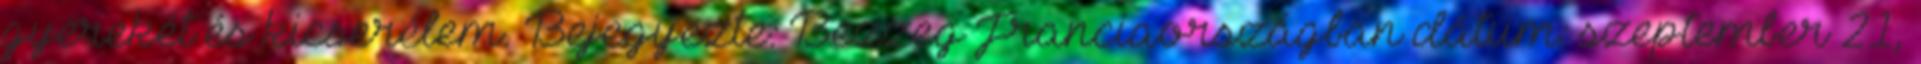
gyerekét és kicserélem. Bejegyezte: Bezzeg Franciaországban dátum: szeptember 21,